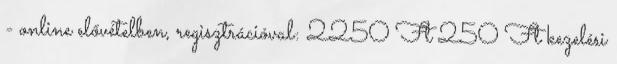
- online elővételben, regisztrációval: 2250 Ft 250 Ft kezelési